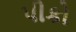
પીકો